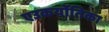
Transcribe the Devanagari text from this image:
एउकर्योतिका